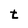
Character: t